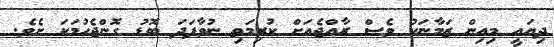
ދިޔައީ މިއިން ޒަމާނަކު ވެސް ރާއްޖެއަށް ކުރިމަތި ނުވާފަދަ ބޮޑު ގޮންޖެހުމަކަ ށެވެ.